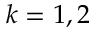
k = 1 , 2